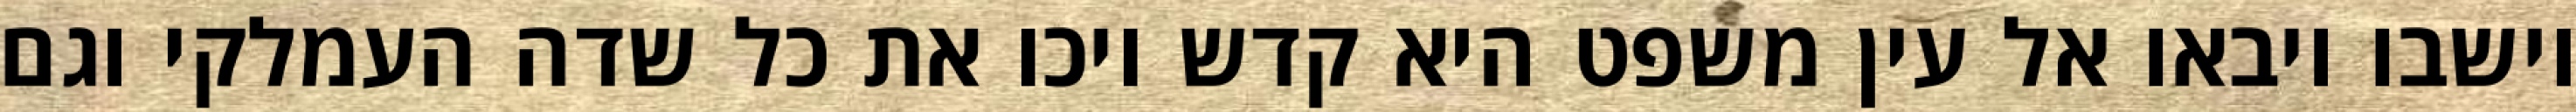
וישבו ויבאו אל עין משפט היא קדש ויכו את כל שדה העמלקי וגם